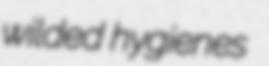
wilded hygienes